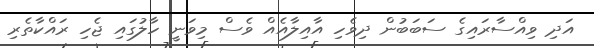
އަދި ވިއްސާރައިގެ ސަބަބުން ދިވެހި އާއިލާއެއް ވެސް މިވަނީ ހާލުގައި ޖެހި ރައްކާތެރި